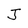
Character: J